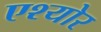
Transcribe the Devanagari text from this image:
एश्योर